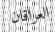
العراقان